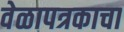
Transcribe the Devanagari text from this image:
वेळापत्रकाचा